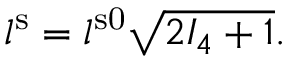
l ^ { \mathrm { s } } = l ^ { \mathrm { s 0 } } \sqrt { 2 I _ { 4 } + 1 } .